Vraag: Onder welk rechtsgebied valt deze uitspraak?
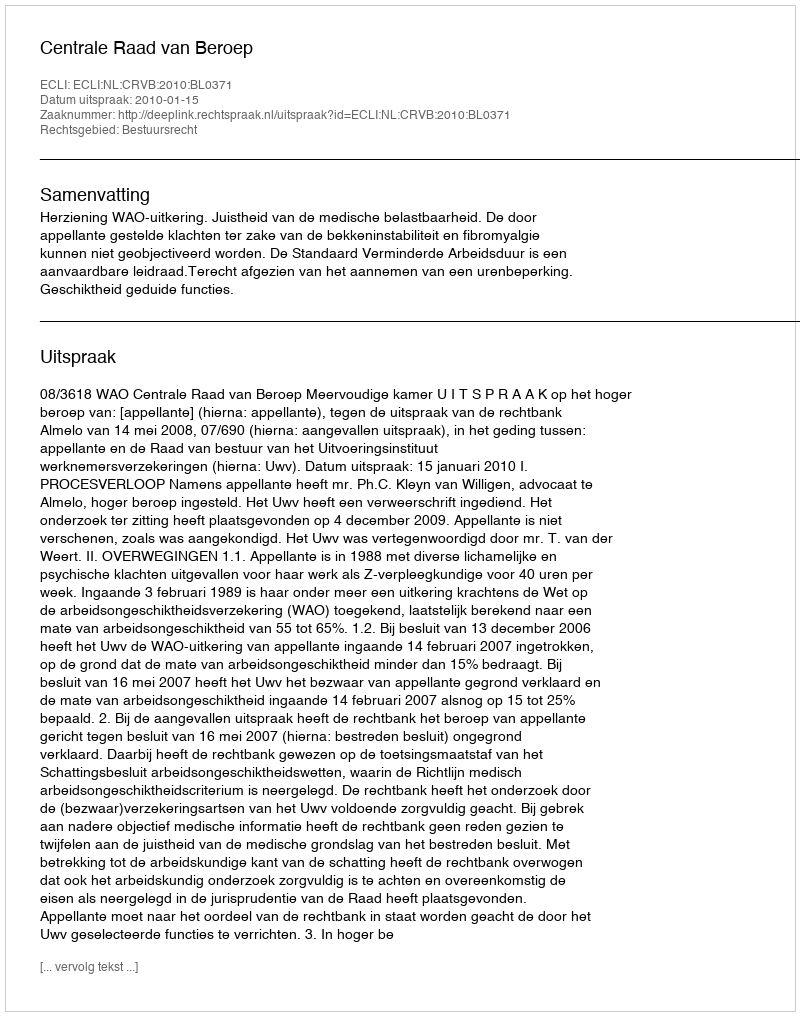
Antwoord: Bestuursrecht